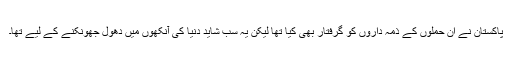
پاکستان نے ان حملوں کے ذمہ داروں کو گرفتار بھی کیا تھا لیکن یہ سب شاید دنیا کی آنکھوں میں دھول جھونکنے کے لیے تھا۔